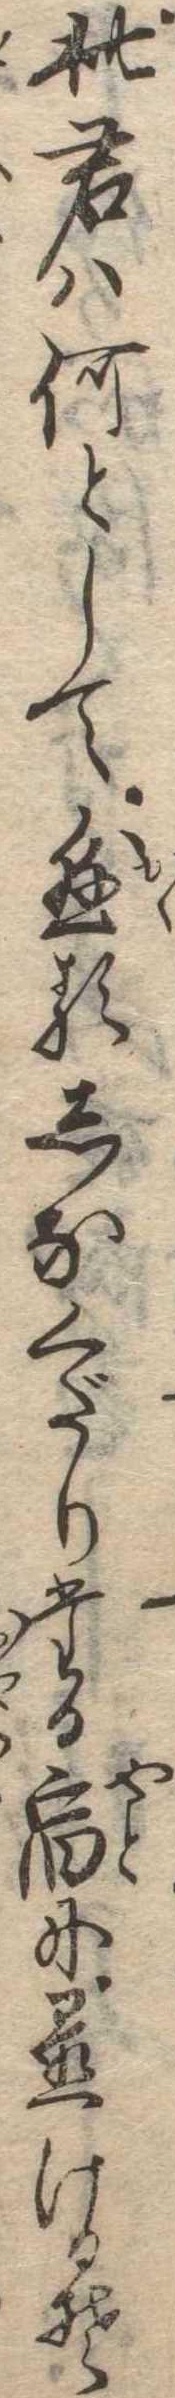
此君は何として懸るしなくだりたる宿に置けるそ